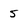
Character: 5